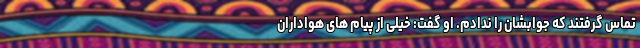
تماس گرفتند که جوابشان را ندادم. او گفت: خیلی از پیام های هواداران